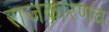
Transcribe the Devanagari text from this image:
राजकारणच